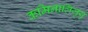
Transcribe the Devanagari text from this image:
कमिनालिजुयु